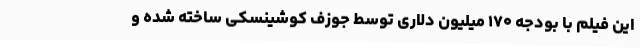
این فیلم با بودجه ۱۷۰ میلیون دلاری توسط جوزف کوشینسکی ساخته شده و